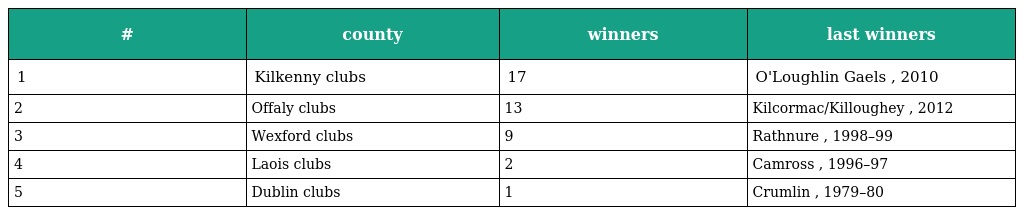
| # | county | winners | last winners |
 | --- | --- | --- | --- |
 | 1 | Kilkenny clubs | 17 | O'Loughlin Gaels , 2010 |
 | 2 | Offaly clubs | 13 | Kilcormac/Killoughey , 2012 |
 | 3 | Wexford clubs | 9 | Rathnure , 1998–99 |
 | 4 | Laois clubs | 2 | Camross , 1996–97 |
 | 5 | Dublin clubs | 1 | Crumlin , 1979–80 |